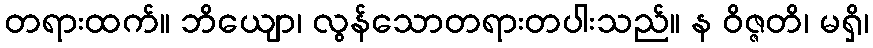
တရားထက်။ ဘိယျော၊ လွန်သောတရားတပါးသည်။ န ဝိဇ္ဇတိ၊ မရှိ၊